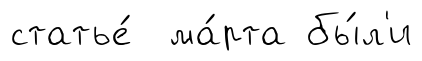
статье́ ма́рта бы́л'и